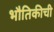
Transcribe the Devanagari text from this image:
भौतिकीची